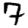
Digit: 7